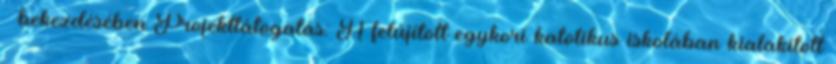
bekezdésében Projektlátogatás: A felújított egykori katolikus iskolában kialakított